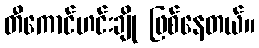
တီကောင်ဟင်းချို ဖြစ်နေတယ်။